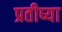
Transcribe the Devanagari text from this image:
प्रतीष्या